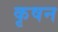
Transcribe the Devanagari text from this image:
कृषन